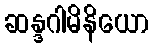
ဆန္ဒဂါမိနိယော